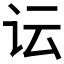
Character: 𲂄